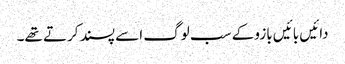
دائیں بائیں بازو کے سب لوگ اسے پسند کرتے تھے۔